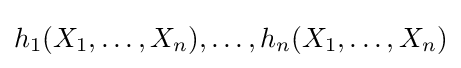
h_{1}(X_{1},\ldots ,X_{n}),\ldots ,h_{n}(X_{1},\ldots ,X_{n})